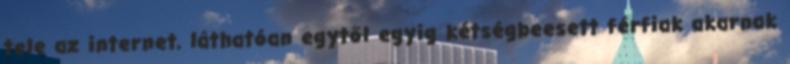
tele az internet, láthatóan egytől egyig kétségbeesett férfiak akarnak